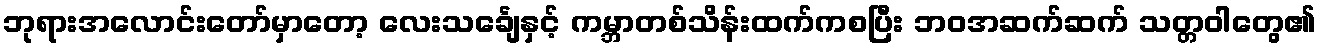
ဘုရားအလောင်းတော်မှာတော့ လေးသင်္ချေနှင့် ကမ္ဘာတစ်သိန်းထက်ကစပြီး ဘဝအဆက်ဆက် သတ္တဝါတွေ၏